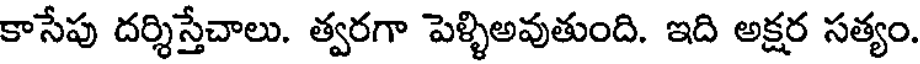
కాసేపు దర్శిస్తేచాలు. త్వరగా పెళ్ళిఅవుతుంది. ఇది అక్షర సత్యం.